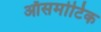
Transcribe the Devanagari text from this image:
ऑसमोटिक